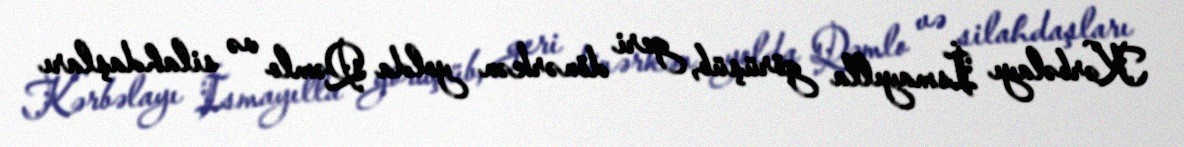
Kərbəlayı İsmayılla görüşüb, geri dönərkən yolda Qəmlo və silahdaşları